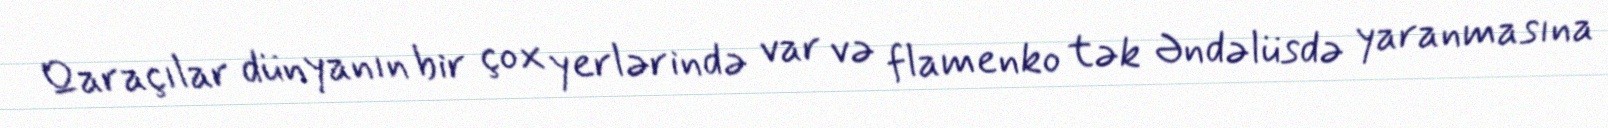
Qaraçılar dünyanın bir çox yerlərində var və flamenko tək Əndəlüsdə yaranmasına